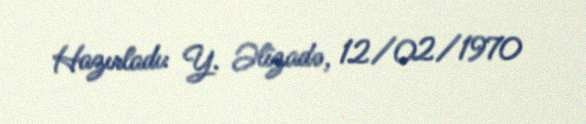
Hazırladı: Y. Əlizadə, 12/02/1970